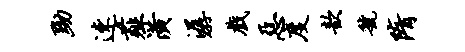
黝速薤潢潺戏恶度歆虢隋